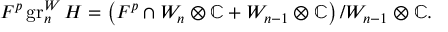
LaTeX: F ^ { p } \operatorname { g r } _ { n } ^ { W } H = \left( F ^ { p } \cap W _ { n } \otimes \mathbb { C } + W _ { n - 1 } \otimes \mathbb { C } \right) / W _ { n - 1 } \otimes \mathbb { C } .